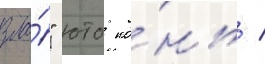
зла́" юто ко́нь /